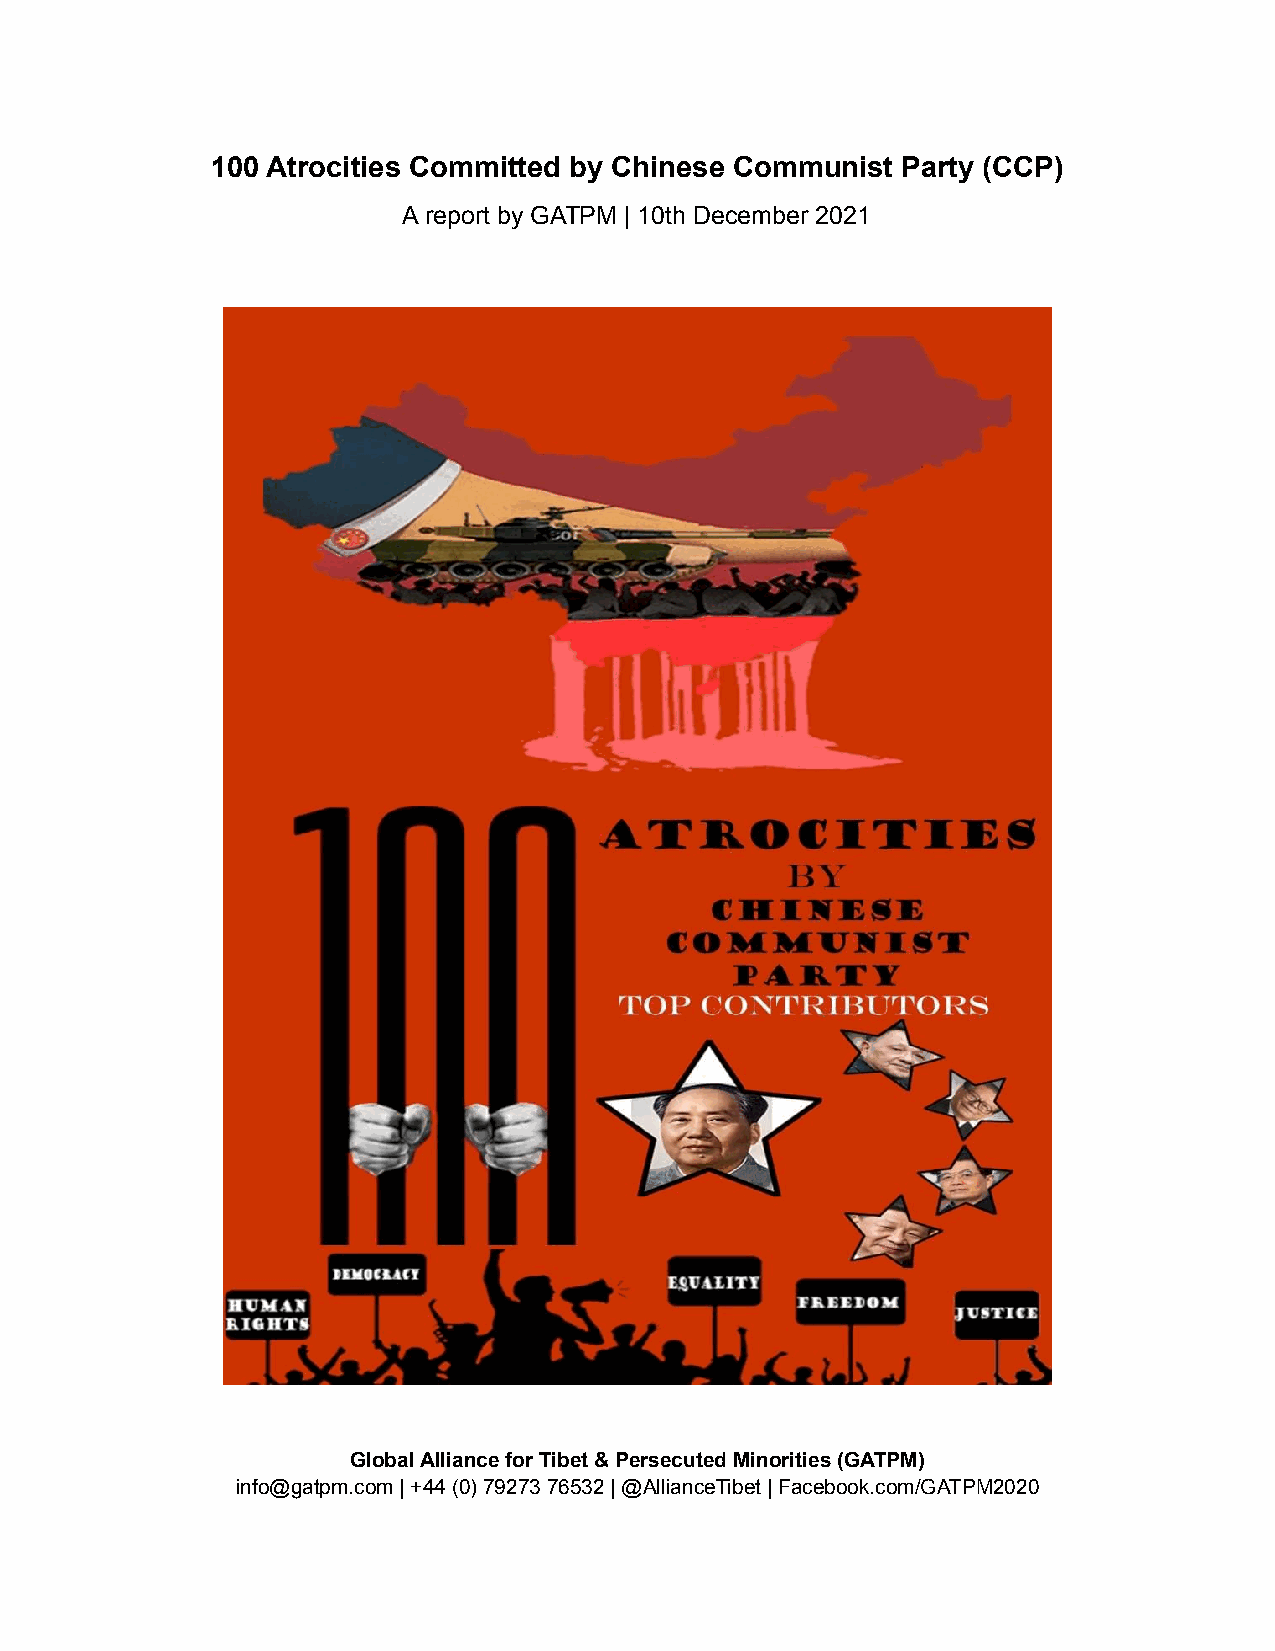
100 Atrocities Committed by Chinese Communist Party (CCP)
 A report by GATPM | 10th December 2021
 Global Alliance for Tibet & Persecuted Minorities (GATPM)
 info@gatpm.com | +44 (0) 79273 76532 | @AllianceTibet | Facebook.com/GATPM2020